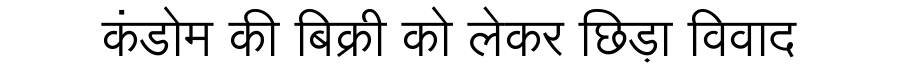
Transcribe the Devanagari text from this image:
कंडोम की बिक्री को लेकर छिड़ा विवाद